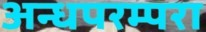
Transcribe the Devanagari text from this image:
अन्धपरम्परा